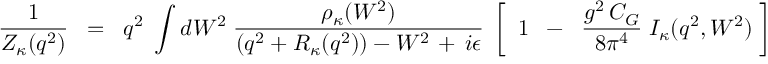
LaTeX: \frac { 1 } { { \cal Z } _ { \kappa } ( q ^ { 2 } ) } \; \; = \; \; q ^ { 2 } \; \int d W ^ { 2 } \; \frac { \rho _ { \kappa } ( W ^ { 2 } ) } { \left( q ^ { 2 } + R _ { \kappa } ( q ^ { 2 } ) \right) - W ^ { 2 } \, + \, i \epsilon } \; \left[ \frac { } { } \; 1 \; \; - \; \; \frac { g ^ { 2 } \, C _ { G } } { 8 \pi ^ { 4 } } \; I _ { \kappa } ( q ^ { 2 } , W ^ { 2 } ) \; \right] \; .